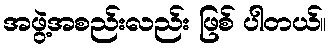
အဖွဲ့အစည်းလည်း ဖြစ် ပါတယ်။